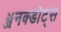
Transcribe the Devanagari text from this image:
ॲनक्डोट्स